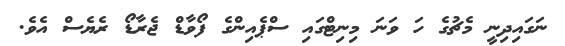
ނަގައިދިނީ މެޗުގެ ހަ ވަނަ މިނިޓްގައި ސްޕެއިންގެ ފޯވާޑް ޖެރާޑޯ ރެެޔެސް އެވެ.